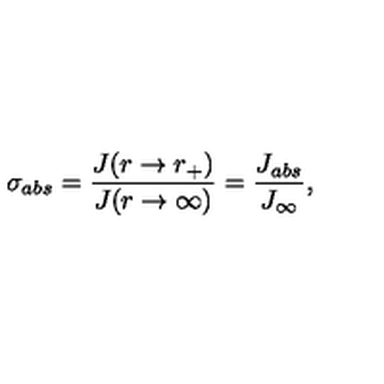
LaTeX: \sigma _ { a b s } = \frac { J ( r \rightarrow r _ { + } ) } { J ( r \rightarrow \infty ) } = \frac { J _ { a b s } } { J _ { \infty } } ,